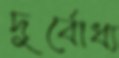
দুর্বোধ্য